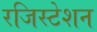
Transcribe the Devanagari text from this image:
रजिस्टेशन